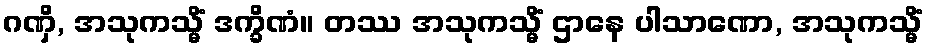
ဂဏှိ, အသုကသ္မိံ ဒက္ခိဏံ။ တဿ အသုကသ္မိံ ဌာနေ ပါသာဏော, အသုကသ္မိံ